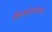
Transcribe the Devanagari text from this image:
विस्फोटानंतरचे